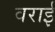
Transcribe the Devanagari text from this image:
वराई